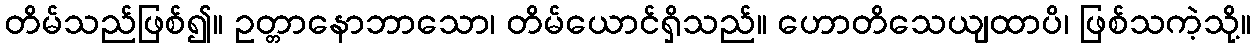
တိမ်သည်ဖြစ်၍။ ဥတ္တာနောဘာသော၊ တိမ်ယောင်ရှိသည်။ ဟောတိသေယျထာပိ၊ ဖြစ်သကဲ့သို့။